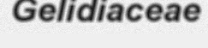
Gelidiaceae